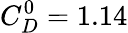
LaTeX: C_{D}^{0}=1.14